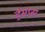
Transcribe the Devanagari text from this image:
ट्रेमप्स